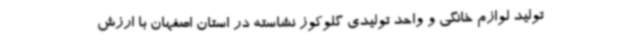
تولید لوازم خانگی و واحد تولیدی گلوکوز نشاسته در استان اصفهان با ارزش